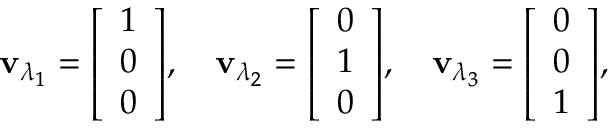
\mathbf { v } _ { \lambda _ { 1 } } = { \left[ \begin{array} { l } { 1 } \\ { 0 } \\ { 0 } \end{array} \right] } , \quad \mathbf { v } _ { \lambda _ { 2 } } = { \left[ \begin{array} { l } { 0 } \\ { 1 } \\ { 0 } \end{array} \right] } , \quad \mathbf { v } _ { \lambda _ { 3 } } = { \left[ \begin{array} { l } { 0 } \\ { 0 } \\ { 1 } \end{array} \right] } ,